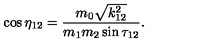
\cos \eta _ { 1 2 } = \frac { m _ { 0 } \sqrt { k _ { 1 2 } ^ { 2 } } } { m _ { 1 } m _ { 2 } \sin \tau _ { 1 2 } } .